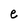
Character: e